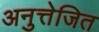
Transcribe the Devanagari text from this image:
अनुत्तेजित